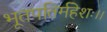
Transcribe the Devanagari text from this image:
भूतपतिर्महेशः।।